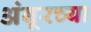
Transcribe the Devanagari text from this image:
अंबूरच्या